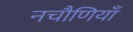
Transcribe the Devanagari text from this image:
नचौणियाँ